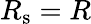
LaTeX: R_{\mathrm{s}}=R